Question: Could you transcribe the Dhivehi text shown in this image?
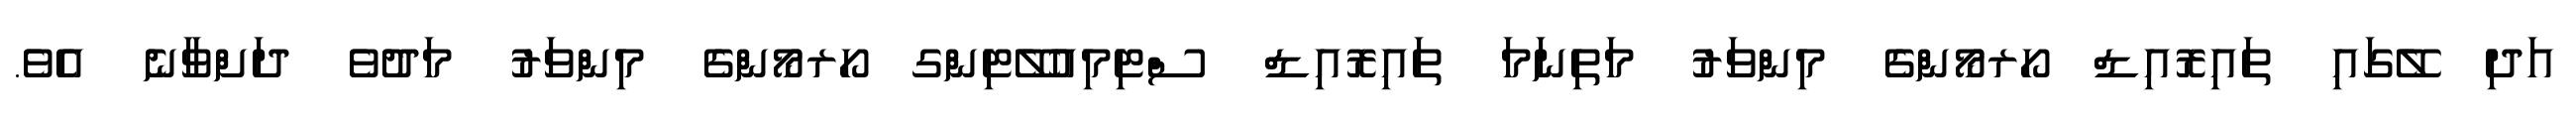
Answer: އަދި ލޭގައި ތައިރޮއިޑް ހޯރމޯންގެ މިންވަރު މަތިނަމަ ތައިރޮއިޑް ސްޓިމިއުލޭޓިންގ ހޯރމޯންގެ މިންވަރު މަދުވެ ދަށްވާނެ އެވެ.